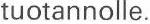
tuotannolle.